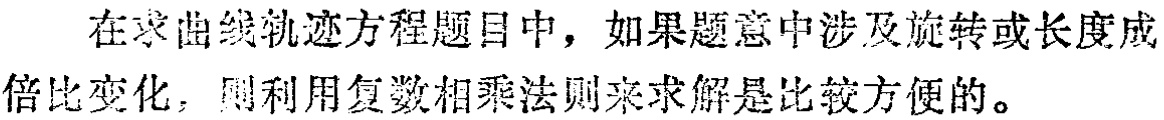
在求曲线轨迹方程题目中，如果题意中涉及旋转或长度成倍比变化，则利用复数相乘法则来求解是比较方便的。